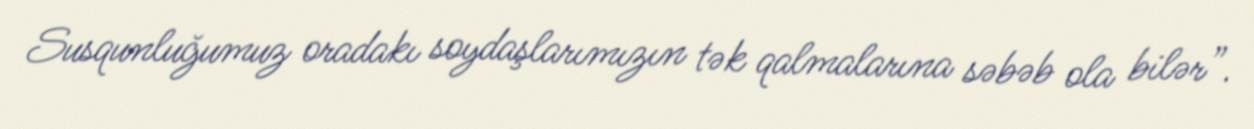
Susqunluğumuz oradakı soydaşlarımızın tək qalmalarına səbəb ola bilər”.